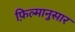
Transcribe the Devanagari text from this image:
फ़िल्मानुसार